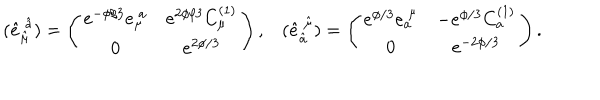
\left. \begin{array} { c c } { { ( \hat { e } _ { \hat { \mu } } ^ { \ \hat { a } } ) = \left( \begin{array} { c c } { { e ^ { - \phi / 3 } e _ { \mu } ^ { \ a } } } & { { e ^ { 2 \phi / 3 } C _ { \mu } ^ { ( 1 ) } } } \\ { { 0 } } & { { e ^ { 2 \phi / 3 } } } \\ \end{array} \right) , } } & { { ( \hat { e } _ { \hat { a } } ^ { \ \hat { \mu } } ) = \left( \begin{array} { c c } { { e ^ { \phi / 3 } e _ { a } ^ { \ \mu } } } & { { - e ^ { \phi / 3 } C _ { a } ^ { ( 1 ) } } } \\ { { 0 } } & { { e ^ { - 2 \phi / 3 } } } \\ \end{array} \right) . } } \\ \end{array} \right.